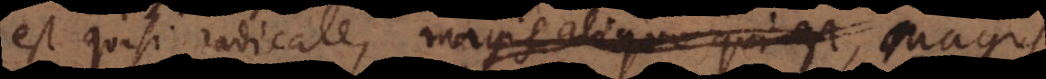
asi radicale, magis aliquo qui est talis